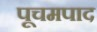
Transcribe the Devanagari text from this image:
पूचमपाद